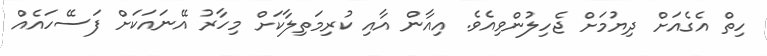
ހިތް އެގެއަށް ދިޔުމަށް ޖެހިލުންވިއެވެ. އިއާން އާއި ކުރިމަތިލާކަށް މިހާރު އޭނައަކަށް ފަސޭހައެއް